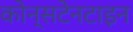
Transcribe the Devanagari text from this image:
कोन्सटेनटाइन